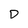
Character: D